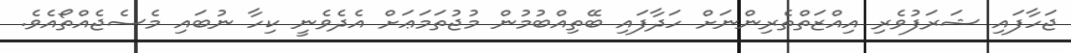
ޖަހާފައި ޝަރަފުވެރި އިއްޒަތްތެރިންނަށް ހަދާފައި ބޭތިއްބުމުން މުޖުތަމަޢަށް އެދެވެނީ ކިހާ ނުބައި މެސެޖެއްތޯއެވެ.